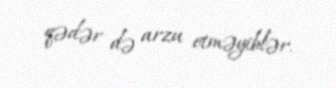
qədər də arzu etməyiblər.